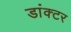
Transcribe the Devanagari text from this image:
डांक्टर